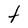
Character: t